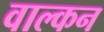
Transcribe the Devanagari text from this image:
वाल्कन